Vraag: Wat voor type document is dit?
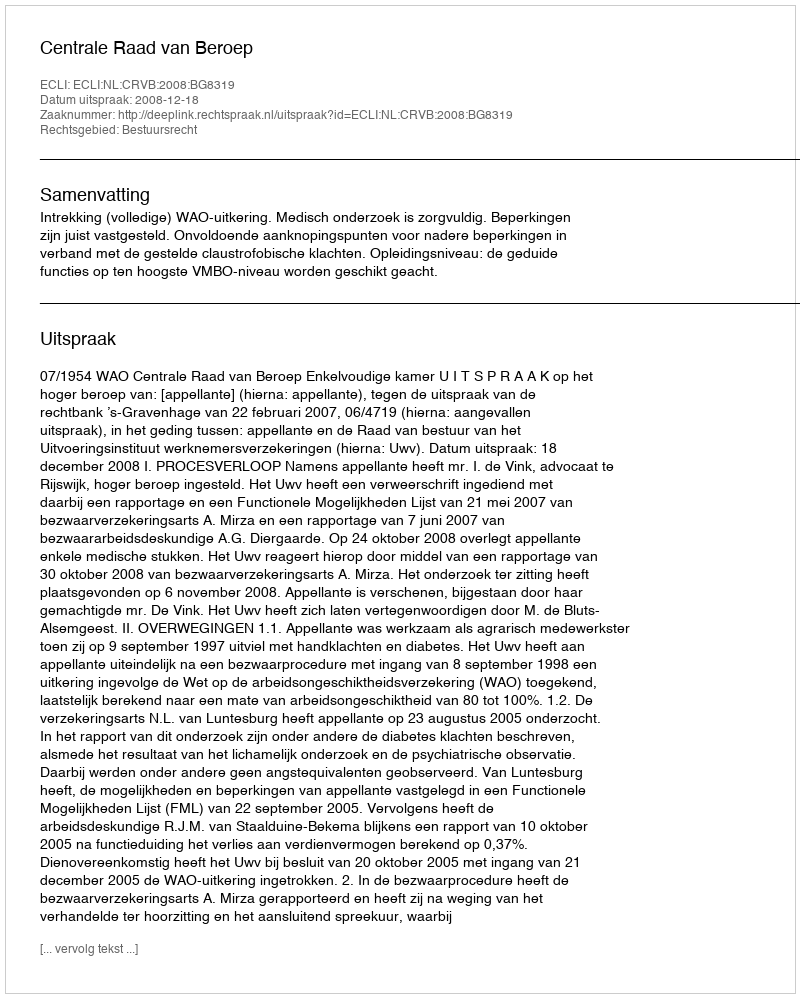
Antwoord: Uitspraak